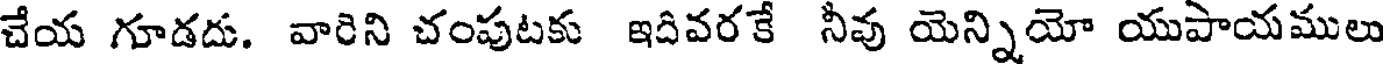
చేయ గూడదు. వారిని చంపుటకు ఇదివరకే నీవు యెన్నియో యుపాయములు